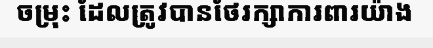
ចម្រុះ ដែលត្រូវបានថែរក្សាការពារយ៉ាង